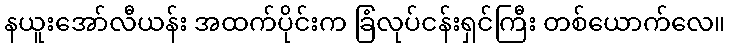
နယူးအော်လီယန်း အထက်ပိုင်းက ခြံလုပ်ငန်းရှင်ကြီး တစ်ယောက်လေ။